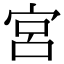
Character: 宮